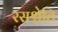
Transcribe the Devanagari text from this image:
रसश्चेति